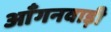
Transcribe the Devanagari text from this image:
आँगनवाड़ी